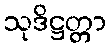
သုဒိဋ္ဌတ္တာ